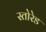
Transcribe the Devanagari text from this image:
स्तोरेड